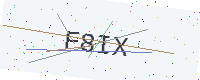
Text: F8IX